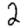
Digit: 2